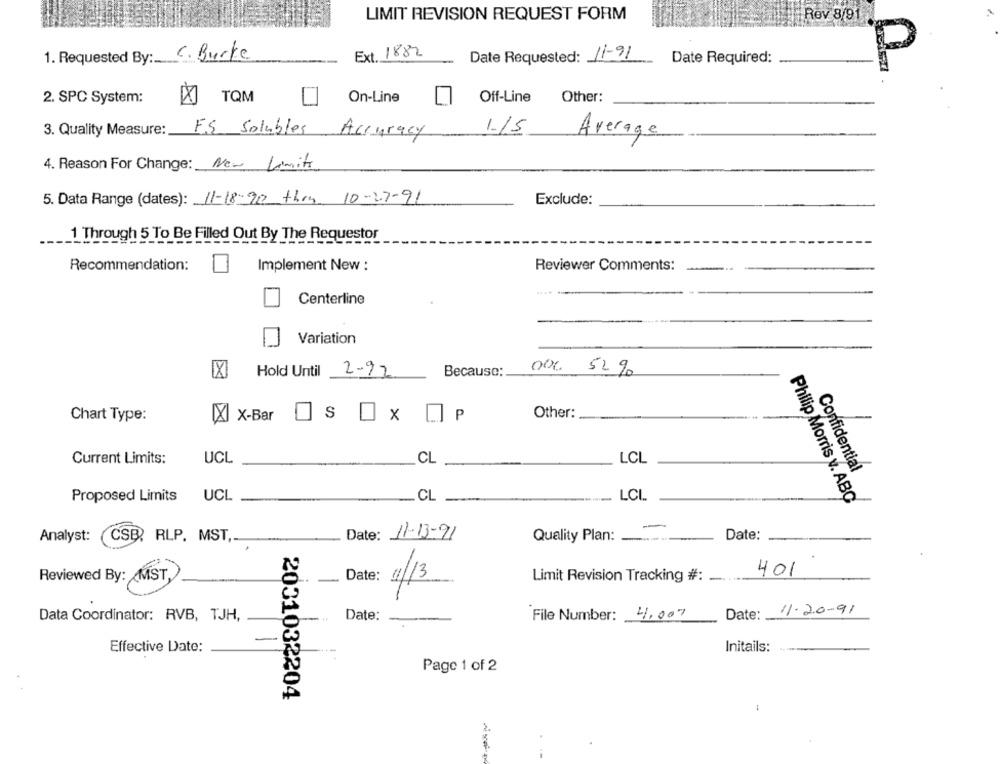
LIMIT REVISION REQUEST FORM
Rev 8/91
Ext. 1882
1. Requested By: C. Burke
Date Requested: 11-91
Date Required:
P
2. SPC System:
TQM
On-Line
Off-Line Other:
F.S Solubles
3. Quality Measure:
Accuracy
1.15 Average
4. Reason For Change: New Limits
5. Data Range (dates): 11-18-90 thou 10-27-91
Exclude:
1 Through 5 To Be Filled Out By The Requestor
Recommendation:
Implement New :
Reviewer Comments:
Centerline
Variation
Hold Until
2-92
Because:
00C 52 9
Other:
Chart Type:
[X X-Bar
S
Ox UP
Current Limits:
UCL
CL
LCL
Confidential
LCL
Proposed Limits
UCL
CL
Philip Morris v. ABC
-
Date:
Analyst:
CSB, RLP. MST ,.
Date: 11-13-91
Quality Plan:
401
Reviewed By: MST,
Limit Revision Tracking #: -...
Date: 4/13
11.20-91
Data Coordinator: RVB, TJH,
Date:
File Number: 4,007
Date: _
Effective Date:
Initails:
Page 1 of 2
2001032204
-